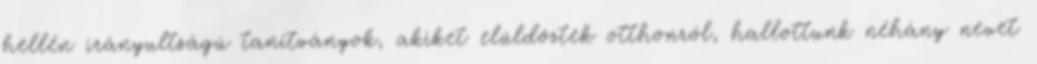
hellén irányultságú tanítványok, akiket elüldöztek otthonról, hallottunk néhány nevet